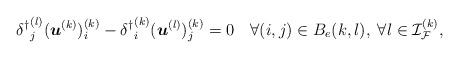
LaTeX: \begin{align*} {\delta^\dagger}^{(l)}_j(\boldsymbol{u}^{(k)})^{(k)}_i - {\delta^\dagger}^{(k)}_i(\boldsymbol{u}^{(l)})^{(k)}_j = 0 \quad\forall (i,j)\in B_e(k,l), \;\forall l\in{\mathcal{I}}_{\mathcal{F}}^{(k)}, \end{align*}